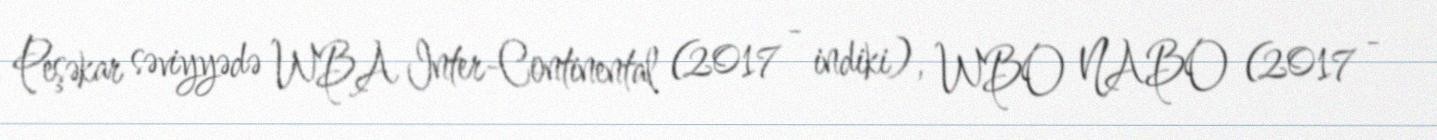
Peşəkar səviyyədə WBA Inter-Continental (2017 - indiki), WBO NABO (2017 -